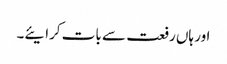
اور ہاں رفعت سے بات کرایئے۔